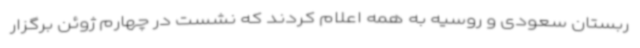
ربستان سعودی و روسیه به همه اعلام کردند که نشست در چهارم ژوئن برگزار